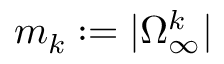
m _ { k } : = | \Omega _ { \infty } ^ { k } |